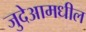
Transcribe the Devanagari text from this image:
जुदेआमधील